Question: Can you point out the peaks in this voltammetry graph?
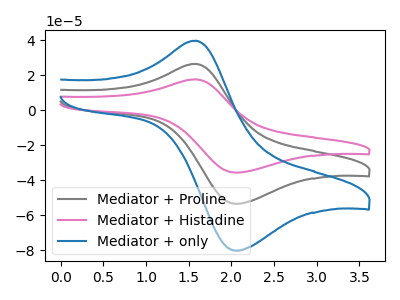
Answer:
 <answer>The gray curve "Mediator + Proline" has an anodic peak at (1.60V, 26.50uA) and a cathodic peak at (2.05V, -53.40uA). The pink curve "Mediator + Histadine" has an anodic peak at (1.60V, 53.00uA) and a cathodic peak at (2.05V, -106.80uA). The blue curve "Mediator + only" has an anodic peak at (1.60V, 39.75uA) and a cathodic peak at (2.05V, -80.15uA).</answer>
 <eval></eval>